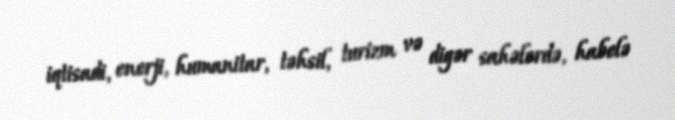
iqtisadi, enerji, humanitar, təhsil, turizm və digər sahələrdə, habelə